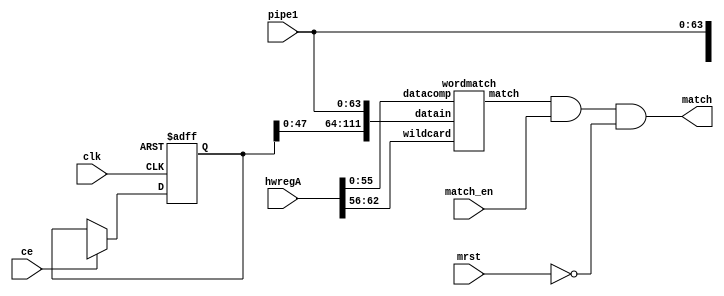
`timescale 1ns / 1ps

module detect7B(
    input ce, 
    input clk, 
    input [63:0] hwregA, 
    input match_en, 
    input mrst, 
    input [63:0] pipe1, 
    output match
);
    
    wire XLXN_6;
    wire XLXN_11;
    wire XLXN_14;
    wire [111:0] XLXN_16;
    reg  [71:0] pipe0;
    
    always @(posedge clk or posedge XLXN_6) begin
        if(XLXN_6)
            pipe0[71:0] <= 72'b0;
        else if (!ce)
            pipe0[71:0] <= pipe0[71:0];
        else
            pipe0[71:0] <= pipe1[71:0];
    end

    assign XLXN_16 = {pipe0[47:0], pipe1[63:0]};

    wordmatch XLXI_7 (.datacomp(hwregA[55:0]), 
                        .datain(XLXN_16[111:0]), 
                        .wildcard(hwregA[62:56]), 
                        .match(XLXN_11));

    assign match = XLXN_11 & match_en & ~mrst;
endmodule


module wordmatch(datacomp, 
                 datain, 
                 wildcard, 
                 match);

    input [55:0] datacomp;
    input [111:0] datain;
    input [6:0] wildcard;
    output match;
   
    wire XLXN_24;
    wire XLXN_25;
    wire XLXN_26;
    wire XLXN_27;
    wire XLXN_28;
    wire XLXN_29;
    wire XLXN_30;
    wire XLXN_31;
   
    comparator XLXI_1 (.a(datacomp[55:0]), 
                        .mask(wildcard[6:0]), 
                        .b(datain[55:0]), 
                        .match(XLXN_31));
    comparator XLXI_2 (.a(datacomp[55:0]), 
                        .mask(wildcard[6:0]), 
                        .b(datain[63:8]), 
                        .match(XLXN_30));
    comparator XLXI_3 (.a(datacomp[55:0]), 
                        .mask(wildcard[6:0]), 
                        .b(datain[71:16]), 
                        .match(XLXN_29));
    comparator XLXI_4 (.a(datacomp[55:0]), 
                        .mask(wildcard[6:0]), 
                        .b(datain[79:24]), 
                        .match(XLXN_28));
    comparator XLXI_5 (.a(datacomp[55:0]), 
                        .mask(wildcard[6:0]), 
                        .b(datain[87:32]), 
                        .match(XLXN_27));
    comparator XLXI_6 (.a(datacomp[55:0]), 
                        .mask(wildcard[6:0]), 
                        .b(datain[95:40]), 
                        .match(XLXN_26));
    comparator XLXI_7 (.a(datacomp[55:0]), 
                        .mask(wildcard[6:0]), 
                        .b(datain[103:48]), 
                        .match(XLXN_25));
    comparator XLXI_8 (.a(datacomp[55:0]), 
                        .mask(wildcard[6:0]), 
                        .b(datain[111:56]), 
                        .match(XLXN_24));

    assign match = XLXN_24 || XLXN_25 || XLXN_26 || XLXN_27 || XLXN_28 || XLXN_29 || XLXN_30 || XLXN_31;
endmodule


module comparator (
    input [55:0] a,
    input [55:0] b,
    input [6:0] mask,
    output match
);
    wire [6:0] comp8bit;
    assign comp8bit[0] = a[7:0]==b[7:0] || ~mask[0];
    assign comp8bit[1] = a[15:8]==b[15:8] || ~mask[1];
    assign comp8bit[2] = a[23:16]==b[23:16] || ~mask[2];
    assign comp8bit[3] = a[31:24]==b[31:24] || ~mask[3];
    assign comp8bit[4] = a[39:32]==b[39:32] || ~mask[4];
    assign comp8bit[5] = a[47:40]==b[47:40] || ~mask[5];
    assign comp8bit[6] = a[55:48]==b[55:48] || ~mask[6];
    assign match = comp8bit==7'b1111111;
endmodule